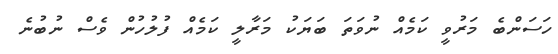
ހަސަންބެ މަރުވީ ކަމެއް ނުވަތަ ބަޔަކު މަރާލީ ކަމެއް ފުލުހުން ވެސް ނުބުނެ